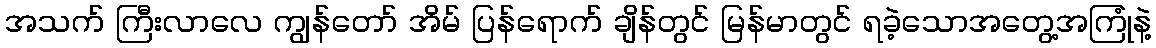
အသက် ကြီးလာလေ ကျွန်တော် အိမ် ပြန်ရောက် ချိန်တွင် မြန်မာတွင် ရခဲ့သောအတွေ့အကြုံနဲ့